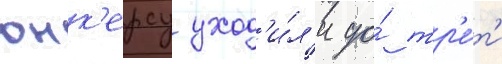
юнк'ерсу уход'и́л'и до́ тр'е́т'и